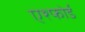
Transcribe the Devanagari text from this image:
एश्फोर्ड